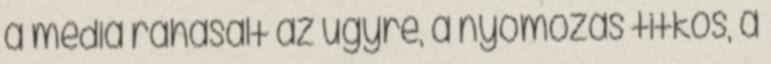
a média ráhasalt az ügyre, a nyomozás titkos, a